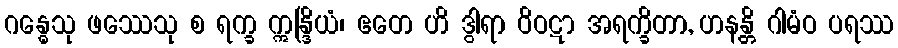
ဂန္ဓေသု ဖဿေသု စ ရက္ခ ဣန္ဒြိယံ၊ ဧတေ ဟိ ဒွါရာ ဝိဝဋာ အရက္ခိတာ, ဟနန္တိ ဂါမံဝ ပရဿ